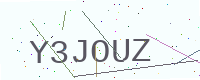
Text: Y3JOUZ